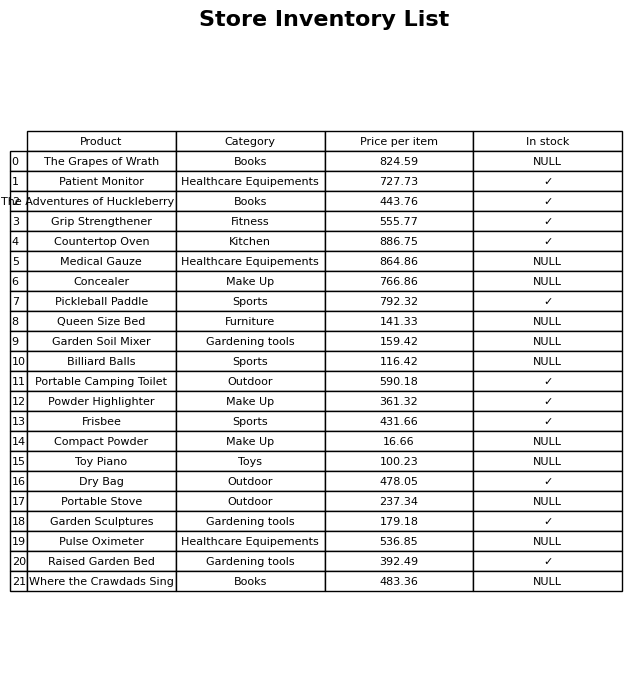
question: What is the price for The Adventures of Huckleberry Finn?
answer: The price of The Adventures of Huckleberry Finn is 443.76.